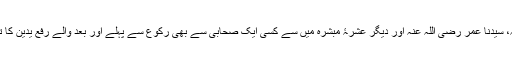
دلیل چہارم: سیدنا ابوبکر الصدیق رضی اللہ عنہ، سیدنا عمر رضی اللہ عنہ اور دیگر عشرۂ مبشرہ میں سے کسی ایک صحابی سے بھی رکوع سے پہلے اور بعد والے رفع یدین کا ترک، ممانعت یا منسوخیت قطعاً ثابت نہیں ہے۔